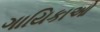
ગાયિકાઓ